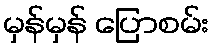
မှန်မှန် ပြောစမ်း